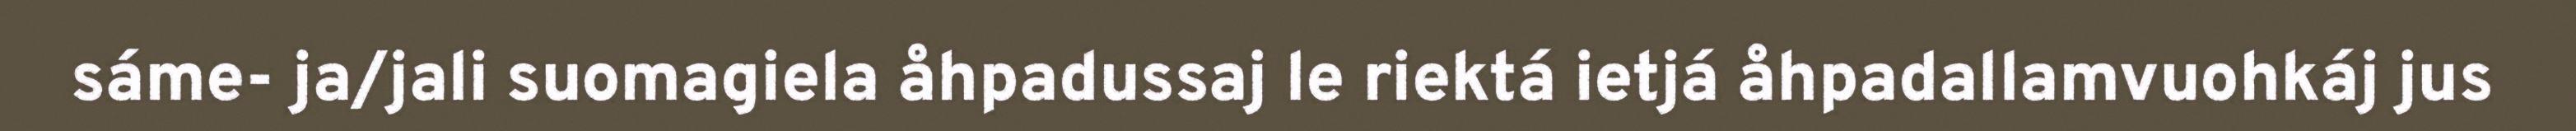
sáme- ja/jali suomagiela åhpadussaj le riektá ietjá åhpadallamvuohkáj jus